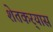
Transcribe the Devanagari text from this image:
शेतकर्‍यास